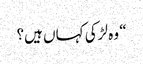
“ وہ لڑکی کہاں ہیں؟